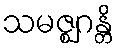
သမဇ္ဈဂန္တိ